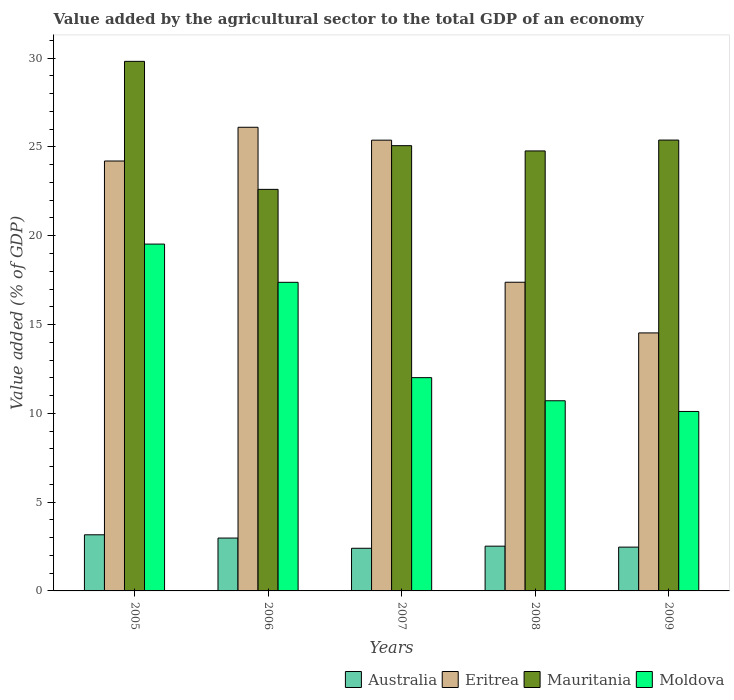
| Years | Australia | Eritrea | Mauritania | Moldova |
 | --- | --- | --- | --- | --- |
 | 2005 | 3.16 | 24.2 | 29.8 | 19.5 |
 | 2006 | 2.98 | 26.1 | 22.6 | 17.4 |
 | 2007 | 2.4 | 25.4 | 25.1 | 12 |
 | 2008 | 2.52 | 17.4 | 24.8 | 10.7 |
 | 2009 | 2.47 | 14.5 | 25.4 | 10.1 |